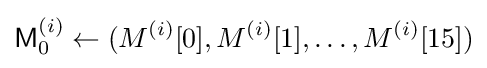
{\textsf {M}}_{0}^{(i)}\leftarrow (M^{(i)}[0],M^{(i)}[1],\ldots ,M^{(i)}[15])